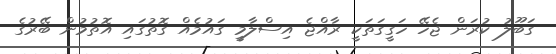
ގަބޫލު ކުރަން ޖެހޭ ހަގީގަތަކީ ރާއްޖެ އިސްލާމީ ގައުމެއް ގޮތުގައި އޮތުމުން ބޭރުގެ